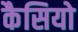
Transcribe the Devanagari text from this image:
कैसियो